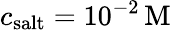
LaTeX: c_{\mathrm{salt}}=10^{-2}\, \mathrm{M}